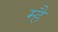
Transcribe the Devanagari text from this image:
म्है